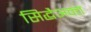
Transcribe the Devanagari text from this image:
सिद्धैअन्त